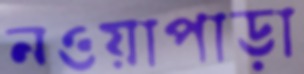
নওয়াপাড়া